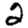
Digit: 2